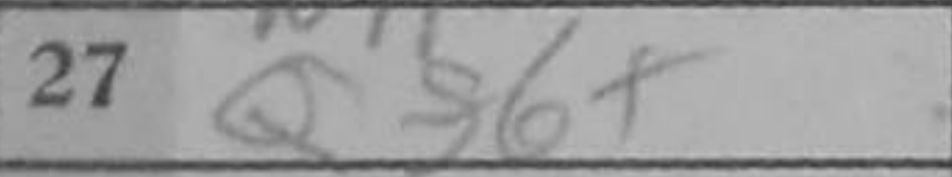
Transcription: Qf6+